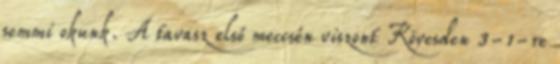
semmi okunk. A tavasz első meccsén viszont Kövesden 3-1-re